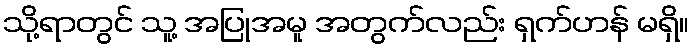
သို့ရာတွင် သူ့ အပြုအမူ အတွက်လည်း ရှက်ဟန် မရှိ။